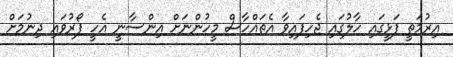
އިރުމަތީ ފަޅީގައި ހާލުގައި ޖެހިފައިވާ އެތައްހާސް މީހުންނަށް އިންސާނީ އެހީ ފޯރުވައި ދިނުމަށް